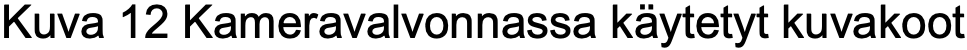
Kuva 12 Kameravalvonnassa käytetyt kuvakoot